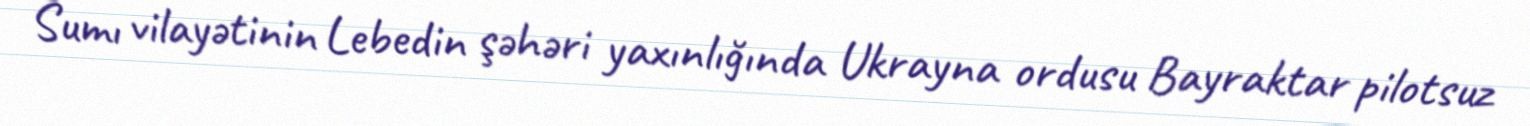
Sumı vilayətinin Lebedin şəhəri yaxınlığında Ukrayna ordusu Bayraktar pilotsuz